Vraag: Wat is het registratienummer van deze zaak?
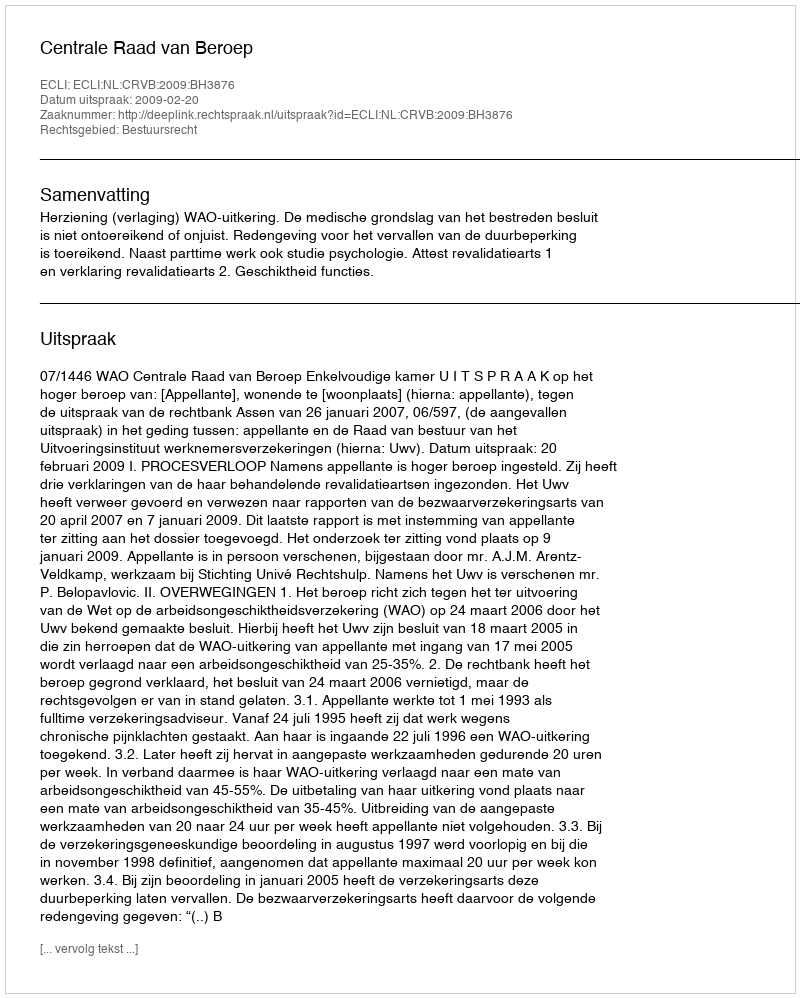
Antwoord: http://deeplink.rechtspraak.nl/uitspraak?id=ECLI:NL:CRVB:2009:BH3876